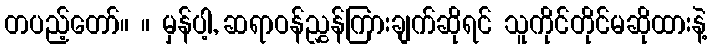
တပည့်တော်။ ။ မှန်ပါ့, ဆရာဝန်ညွှန်ကြားချက်ဆိုရင် သူကိုင်တိုင်မဆိုထားနဲ့